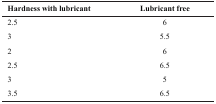
<table><thead><tr><td><b>Hardness with lubricant</b></td><td><b>Lubricant free</b></td></tr></thead><tbody><tr><td>2.5</td><td>6</td></tr><tr><td>3</td><td>5.5</td></tr><tr><td>2</td><td>6</td></tr><tr><td>2.5</td><td>6.5</td></tr><tr><td>3</td><td>5</td></tr><tr><td>3.5</td><td>6.5</td></tr></tbody></table>